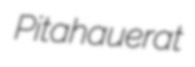
Pitahauerat